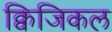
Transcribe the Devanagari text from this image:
क्विजिकल